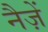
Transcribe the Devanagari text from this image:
नैज़ें